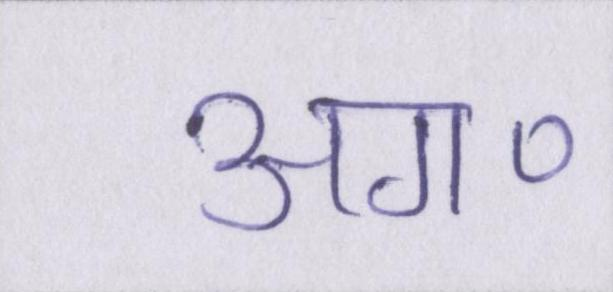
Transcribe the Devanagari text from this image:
अग॰